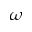
\omega